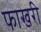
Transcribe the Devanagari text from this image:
फाखरी